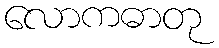
လောကဓာတု